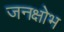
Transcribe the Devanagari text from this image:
जनक्षोभ